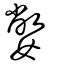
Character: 嫳